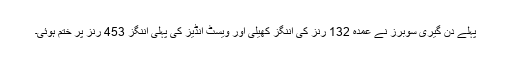
پہلے دن گیری سوبرز نے عمدہ 132 رنز کی اننگز کھیلی اور ویسٹ انڈیز کی پہلی اننگز 453 رنز پر ختم ہوئی۔